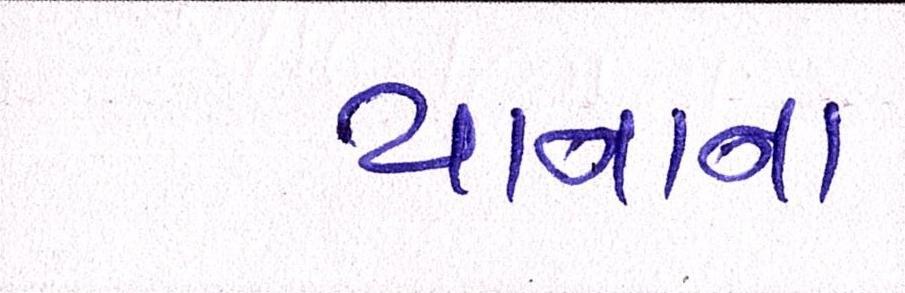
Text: યાનાના